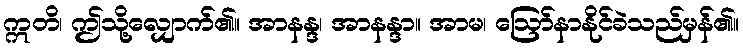
ဣတိ၊ ဤသို့လျှောက်၏။ အာနန္ဒ၊ အာနန္ဒာ။ အာမ၊ ဩော်နာနိုင်ခဲသည်မှန်၏။